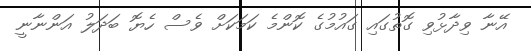
އޭނާ ވިދާޅުވި ގޮތުގައި ގައުމުގެ ކޮންމެ ކަމަކަށް ވެސް ހެޔޮ ބަދަލު އަންނާނީ